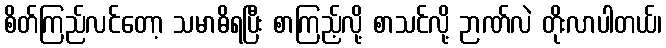
စိတ်ကြည်လင်တော့ သမာဓိရပြီး စာကြည့်လို့ စာသင်လို့ ဉာဏ်လဲ တိုးလာပါတယ်၊